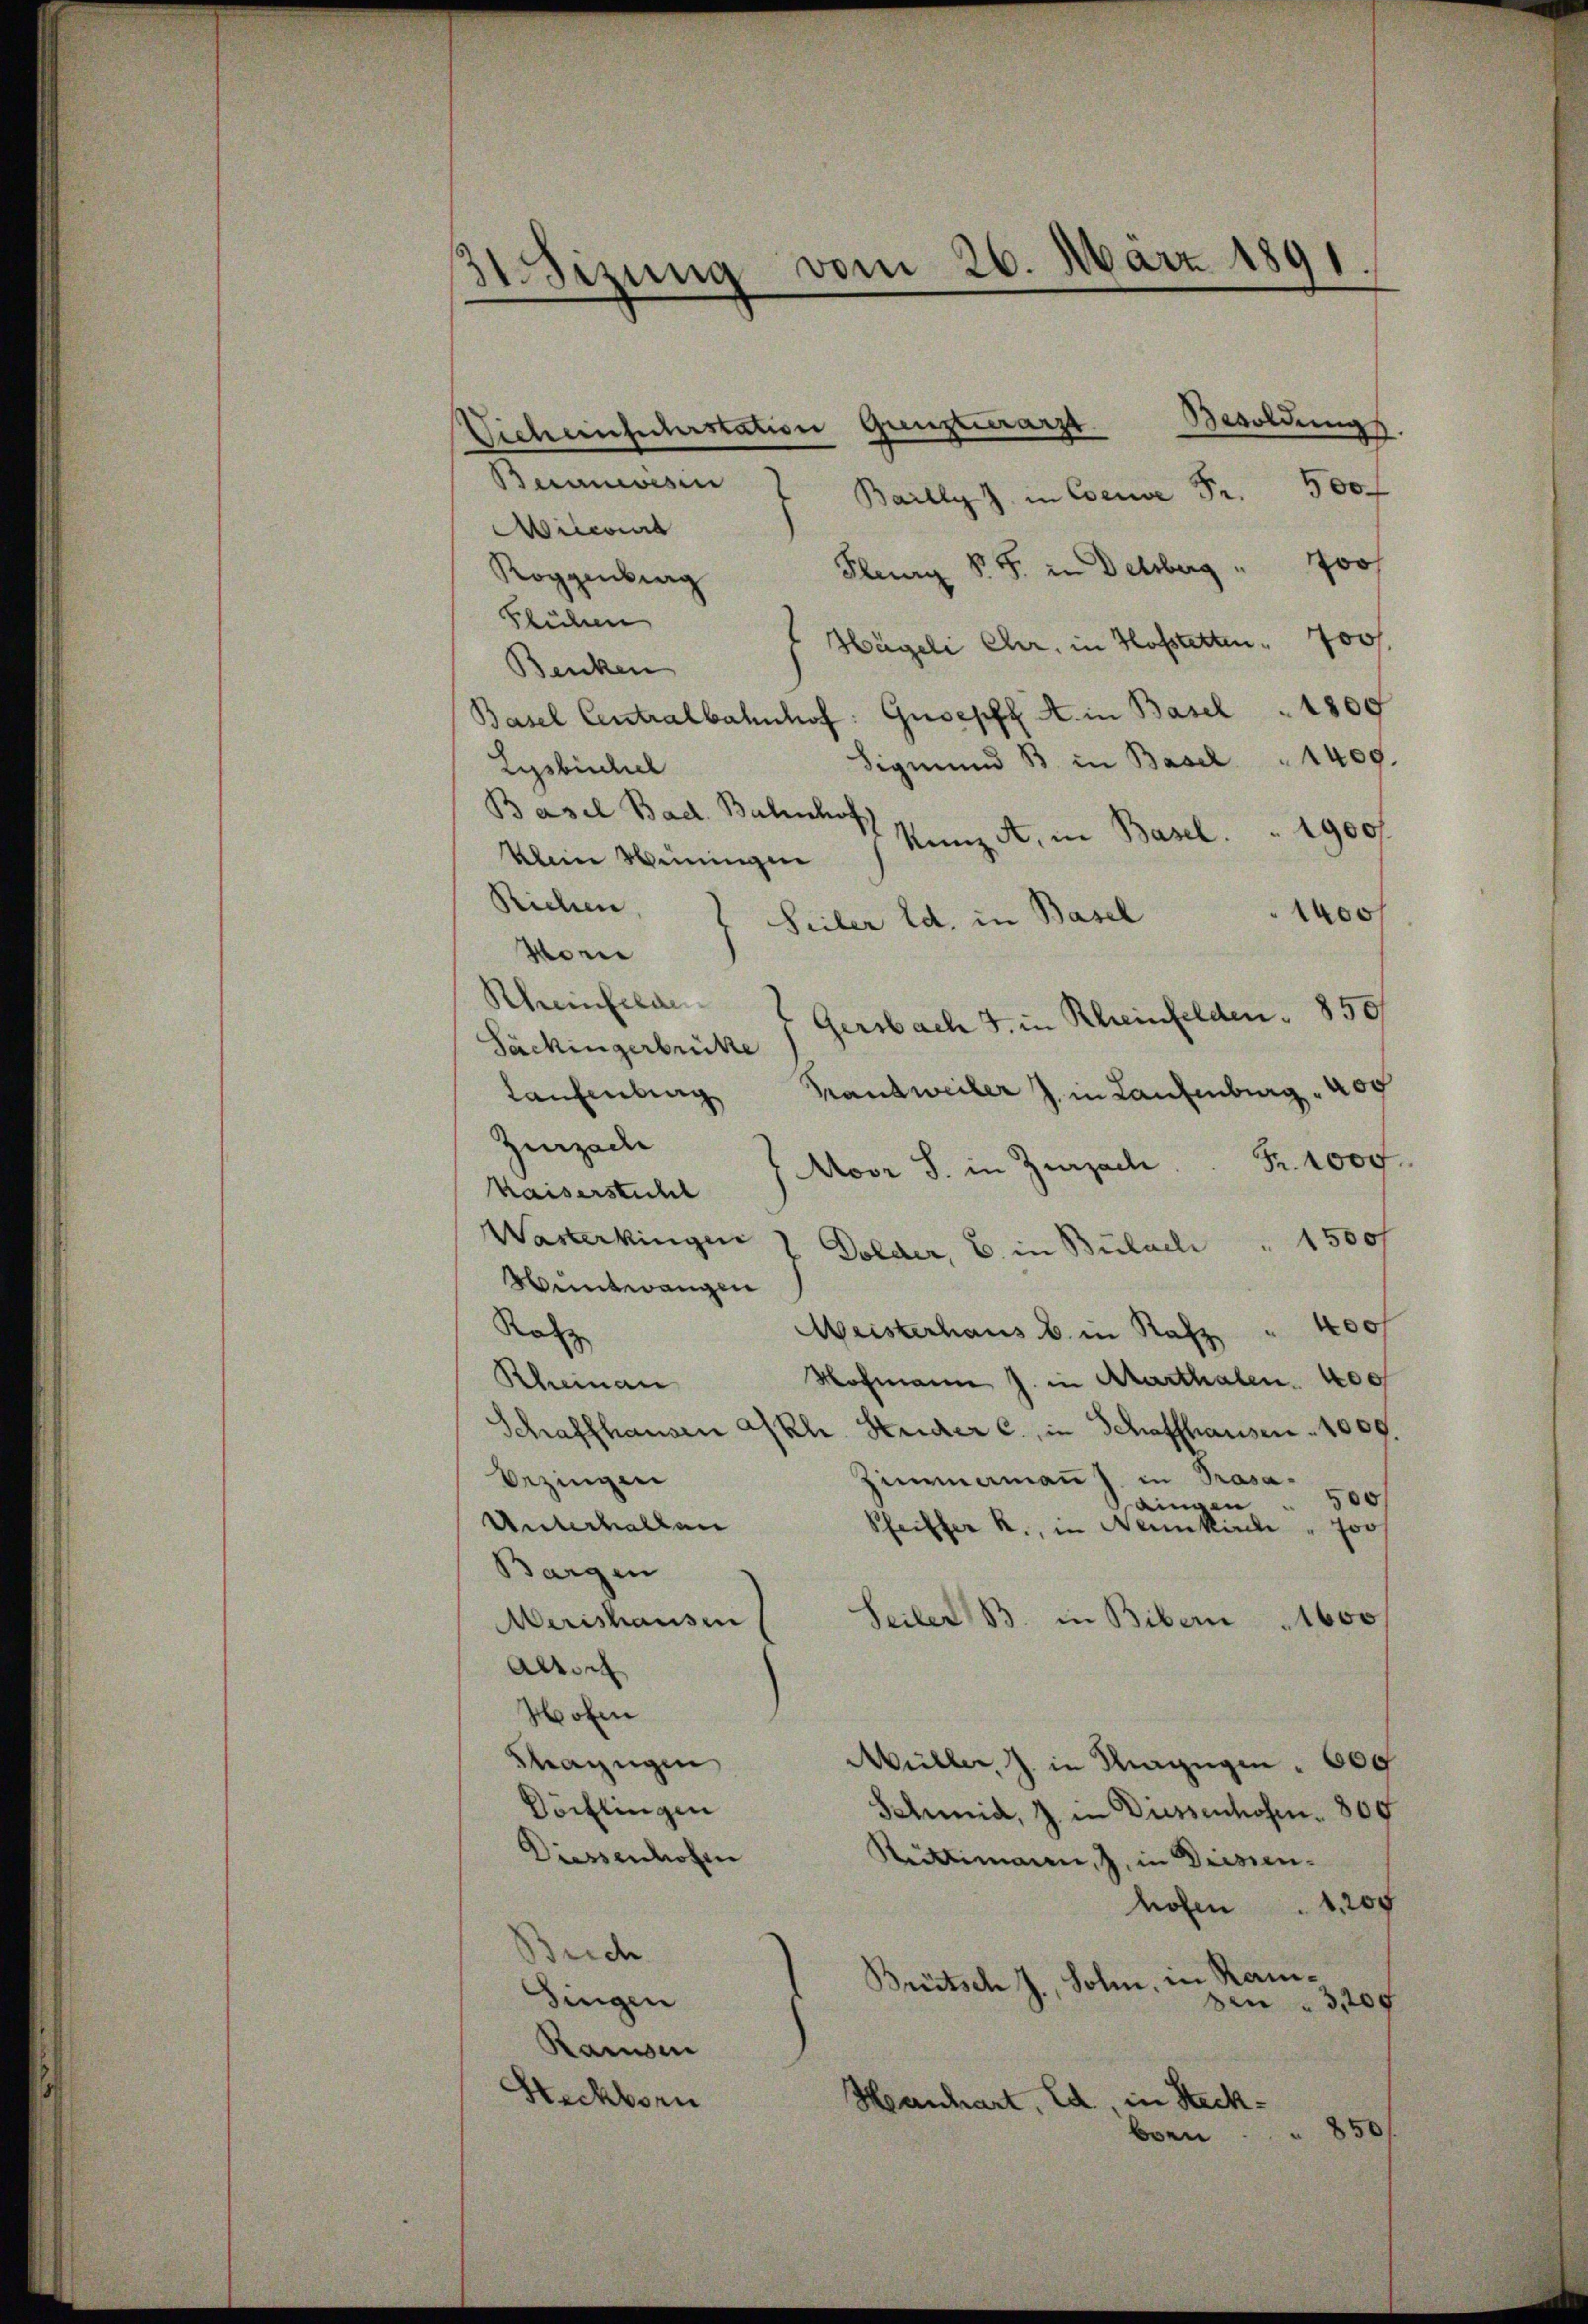
3Sizung vom 26. März 1891

Gunsterarzt. Besoldungs
Vicheinfuhrstation
Buanwesen
Bailly Z. in Coene Fr. 500 f
Aiccois
Flury S. S. in Delsberg " 700f
Roggenburg
Blühen
Hägeli Chr. in Hofstetten. 700f
Benken
Groepfe A. in Basel " 1800
Basel Centralbahnhof
Sigmund B. in Basel " 1409.
Eysbüchel
Basel Bad. Bahnhof
Kunz A., in Basel.  ..  1900 f.
klein Weiningen
Richen
1400
Seiler Ed. in Basel
More
Rheinfelde
7 Gersbach J. in Rheinfelden 850
Sackingerbrücke
Laufenburg Brandweiler J. in Laufenburg . 404
Zurzache
Kaiserstuhl 1 Moor S. in Zurzach. Fr. 1000.
Verterkingen
Dolder, B. in Bülach " 1500f
Hüntwangen
Rat
Meisterhaus b. in Rafz " 400 f
Hofmann J. in Aarthalen. 400f
Rheinau
Schaffhausen Akh. Studer c., in Schaffhausen - 1009.
bezingen
Zimamant in Prasa-
0
aingen
Unterhalten
Pfeiffer R., in Neunkirche " Jos
Bargen
Seiler B. in Bibern 1600
erishausen
Allsch
Hofen
Mazügen
Aküller, J. in Magegen 600
Vöcklingen
Schmid, J. in Diessenhofen. 800
Diessenhofen
Rüttimann, J. in Diessen-
hofen. 1. 207
Brich
Brütsch J., Sohn, in Ramsingen
den 3,200
Ramsen
Steckborn
Hanhart, ed in Steckborn 850